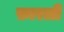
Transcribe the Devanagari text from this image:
फ़ारली